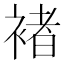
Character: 褚